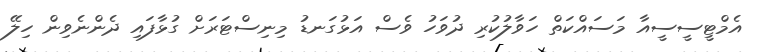
އެމްޓީސީސީއާ މަސައްކަތް ހަވާލުކުރި ދުވަހު ވެސް އަޅުގަނޑު މިނިސްޓަރަށް ގުޅާފައި ދެންނެވިން ހިލޭ